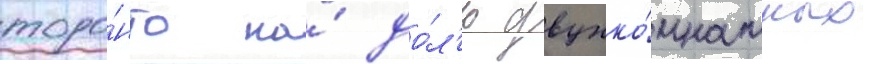
торо́нто на́ до́л'ю двухко́мнатных